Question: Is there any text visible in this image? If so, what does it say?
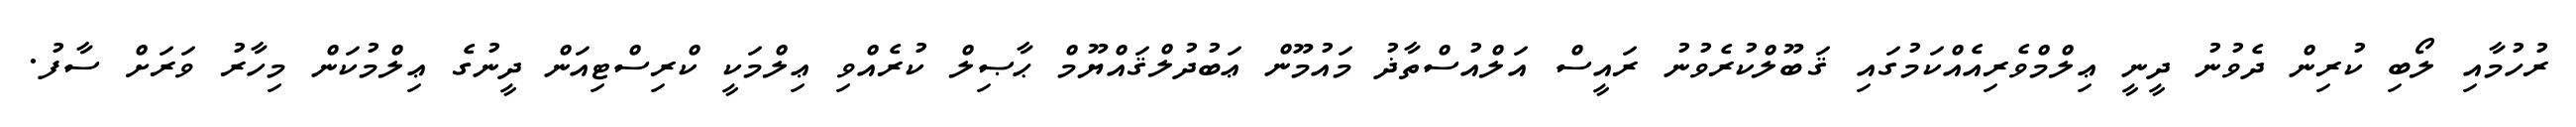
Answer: ރުހުމާއި ލޯބި ކުރިން ދެވުނު ދީނީ ޢިލްމްވެރިއެއްކަމުގައި ޤަބޫލްކުރެވުނު ރައީސް އަލްއުސްތާޛު މައުމޫން ޢަބުދުލްޤައްޔޫމް ޙާޞިލް ކުރެއްވި ޢިލްމަކީ ކްރިސްޓިއަން ދީނުގެ ޢިލްމުކަން މިހާރު ވަރަށް ސާފު.